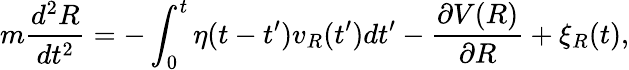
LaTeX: m\frac{d^{2}R}{dt^{2}}=-\int_{0}^{t}\eta(t-t^{\prime})v_{R}(t^{\prime})dt^{\prime}-\frac{\partial V(R)}{\partial R}+\xi_{R}(t),